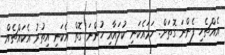
އެއްޗެހި ފެންނަ ގޮތަށް. ހަމައެކަނި ކުލައާއި ހުންނަ ގޮތް އެކަނި އިތުރު އެކައްޗެއް